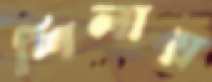
শিলায়